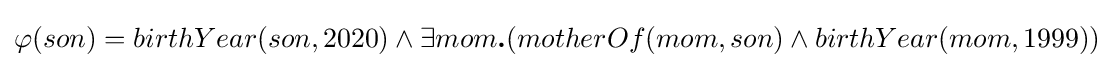
\varphi (son)=birthYear(son,2020)\land \exists mom{\textbf {.}}(motherOf(mom,son)\land birthYear(mom,1999))